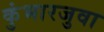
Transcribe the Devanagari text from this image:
कुंभारजुवा